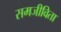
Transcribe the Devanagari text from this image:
समजीविता